Report of the Municipal Commissioner on the plague in Bombay for the year ending 31st May... - Volume 2
Disease focus: Plague
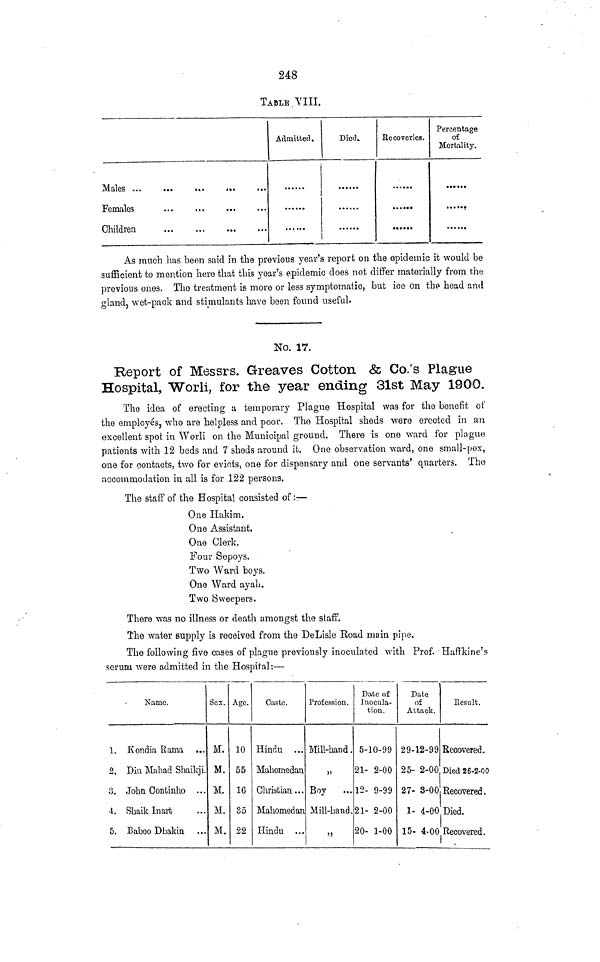
248
TABLE Till.
Males
Females
Children
...
Admitted.
Died.
Recoveries.
......
••••••
Percentage
of
Mortality.
••••••
As much has been said in the previous year's report on the epidemic it would be
sufficient to mention hero that this year's epidemic does not differ materially from the
previous ones. The treatment is more or less symptomatic, but ice on the head and
gland, wet-paok and stimulants have been found useful-
No. 17.
Report of Messrs. Greaves Cotton & Co.'s Plague
Hospital, Worli, for the year ending 31st May 1900.
The idea of erecting a temporary Plague Hospital was for the benefit of
the employes, who are helpless and poor. The Hospital sheds were erected in an
excellent spot in Worli on the Municipal ground. There is one ward for plague
patients with 12 beds and 7 sheds around it. One observation ward, one small-pox,
one for contacts, two for evicts, one for dispensary and one servants' quarters. The
accommodation in all is for 122 persons.
The staff of the Hospital consisted of:—
One Hakim.
One Assistant.
One Clerk.
Four Sepoys.
Two Ward boys.
One Ward ayah.
Two Sweepers.
There was no illness or death amongst the staff.
The water supply is received from the DeLisle Road main pipe.
The following five cases of plague previously inoculated with Prof. Haffkine'f-
serum were admitted in the Hospital:—
Name.
1. Kondia Rama
2. Din Mahad Shaikji.
3. John Continho ...
4. Shaik Inart
5. Eaboo Diiakin
Sex.
M.
M.
M.
M.
M.
Age.
10
55
16
35
22
Caste.
Hindu ...
Mahomedan
Christian ...
Mahomedan
Hindu ...
Profession.
Mill-hand .
»}
Boy
...
Mill-band.
>)
Date of
Inocula-
tion.
5-10-99
21- 2-00
12- 9-99
21- 2-00
20- 1-00
Date
of
Attack.
29-12-99
25- 2-00
27- 3-00
1- 4-00
15- 4-00
Result.
Recovered.
Died 26-2-00
Recovered.
Died.
Recovered.